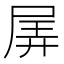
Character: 𡱯